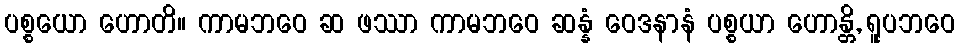
ပစ္စယော ဟောတိ။ ကာမဘဝေ ဆ ဖဿာ ကာမဘဝေ ဆန္နံ ဝေဒနာနံ ပစ္စယာ ဟောန္တိ, ရူပဘဝေ